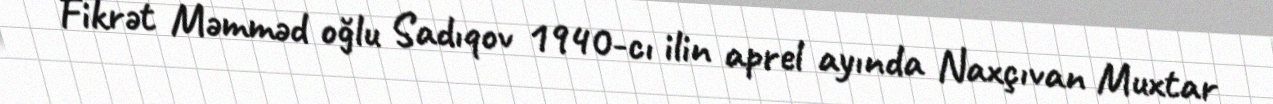
Fikrət Məmməd oğlu Sadıqov 1940-cı ilin aprel ayında Naxçıvan Muxtar